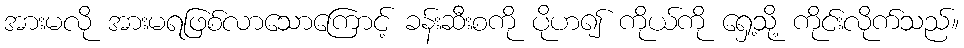
အားမလို အားမရဖြစ်လာသောကြောင့် ခန်းဆီးစကို ပိုဟ၍ ကိုယ်ကို ရှေ့သို့ ကိုင်းလိုက်သည်။